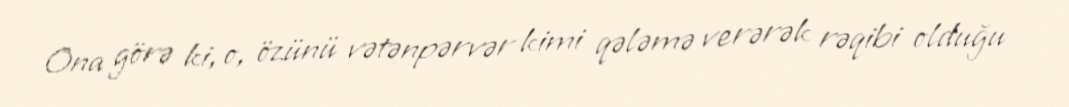
Ona görə ki, o, özünü vətənpərvər kimi qələmə verərək rəqibi olduğu